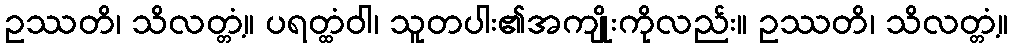
ဥဿတိ၊ သိလတ္တံ့။ ပရတ္ထံဝါ၊ သူတပါး၏အကျိုးကိုလည်း။ ဥဿတိ၊ သိလတ္တံ့။